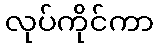
လုပ်ကိုင်ကာ